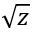
\sqrt { z }